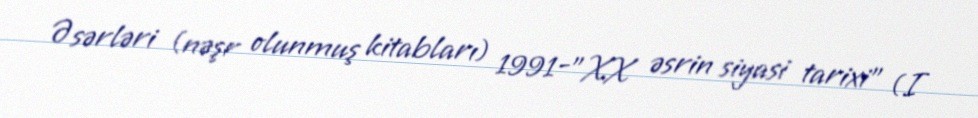
Əsərləri (nəşr olunmuş kitabları) 1991-"XX əsrin siyasi tarixi" (I